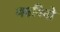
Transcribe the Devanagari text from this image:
बसवितो